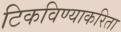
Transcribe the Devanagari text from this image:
टिकविण्याकरिता